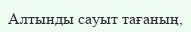
Алтынды сауыт тағаның,